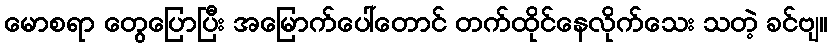
မောစရာ တွေပြောပြီး အမြောက်ပေါ်တောင် တက်ထိုင်နေလိုက်သေး သတဲ့ ခင်ဗျ။